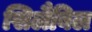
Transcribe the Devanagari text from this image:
सिलैबिल